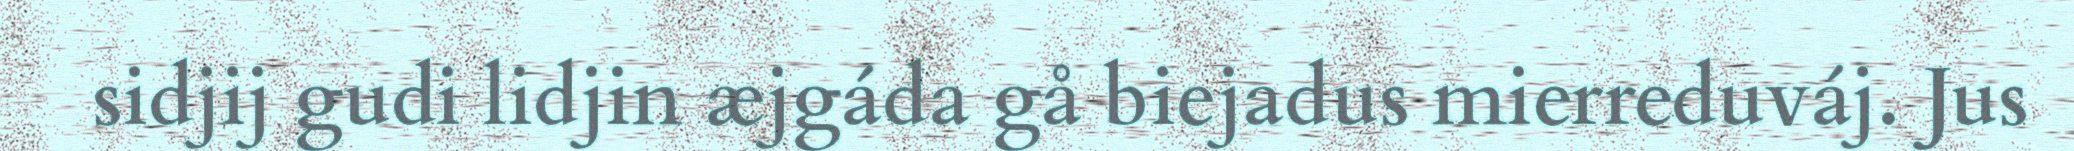
sidjij gudi lidjin æjgáda gå biejadus mierreduváj. Jus